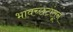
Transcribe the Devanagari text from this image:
भावच्छटांतून